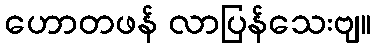
ဟောတဖန် လာပြန်သေးဗျ။